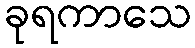
ခုရကာသေ